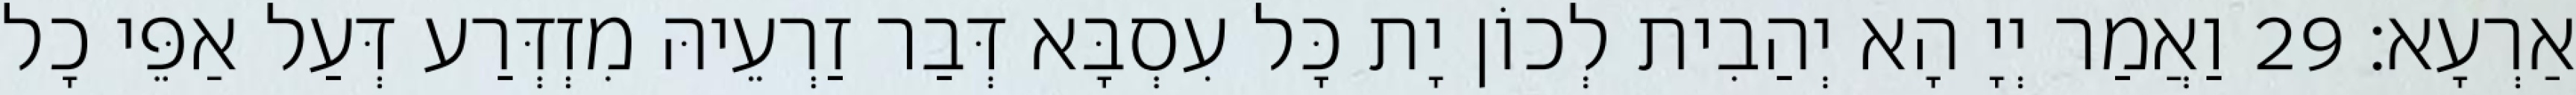
אַרְעָא׃ 29 וַאֲמַר יְיָ הָא יְהַבִית לְכוֹן יָת כָּל עִסְבָּא דְּבַר זַרְעֵיהּ מִזְדְּרַע דְּעַל אַפֵּי כָל